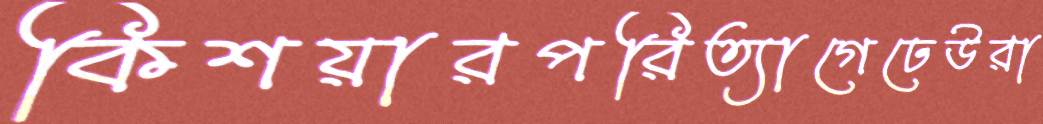
কিশয়ারপরিত্যাগেঢেউরা